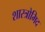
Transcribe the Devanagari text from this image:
शास्त्रोमिद